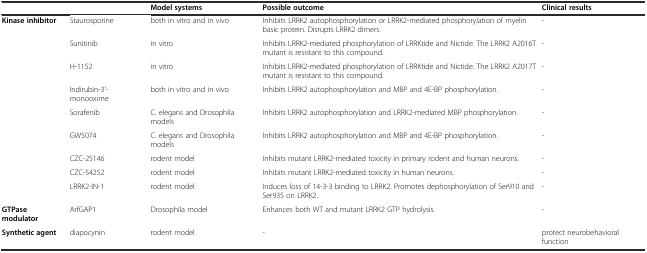
|  |  | Model systems | Possible outcome | Clinical results |
 | --- | --- | --- | --- | --- |
 | <ROWSPAN=9> Kinase inhibitor | Staurosporine | both in vitro and in vivo | Inhibits LRRK2 autophosphorylation or LRRK2-mediated phosphorylation of myelin basic protein. Disrupts LRRK2 dimers. | - |
 | Sunitinib | in vitro | Inhibits LRRK2-mediated phosphorylation of LRRKtide and Nictide. The LRRK2 A2016T mutant is resistant to this compound. | - |
 | H-1152 | in vitro | Inhibits LRRK2-mediated phosphorylation of LRRKtide and Nictide. The LRRK2 A2017T mutant is resistant to this compound. | - |
 | Indirubin-3’-monooxime | both in vitro and in vivo | Inhibits LRRK2 autophosphorylation and MBP and 4E-BP phosphorylation. | - |
 | Sorafenib | C. elegans and Drosophila models | Inhibits LRRK2 autophosphorylation and LRRK2-mediated MBP phosphorylation. | - |
 | GW5074 | C. elegans and Drosophila models | Inhibits LRRK2 autophosphorylation and MBP and 4E-BP phosphorylation. | - |
 | CZC-25146 | rodent model | Inhibits mutant LRRK2-mediated toxicity in primary rodent and human neurons. | - |
 | CZC-54252 | rodent model | Inhibits mutant LRRK2-mediated toxicity in human neurons. | - |
 | LRRK2-IN-1 | rodent model | Induces loss of 14-3-3 binding to LRRK2. Promotes dephosphorylation of Ser910 and Ser935 on LRRK2. | - |
 | GTPase modulator | ArfGAP1 | Drosophila model | Enhances both WT and mutant LRRK2 GTP hydrolysis. | - |
 | Synthetic agent | diapocynin | rodent model | - | protect neurobehavioral function |